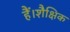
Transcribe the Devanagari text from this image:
हैं।शैक्षिक